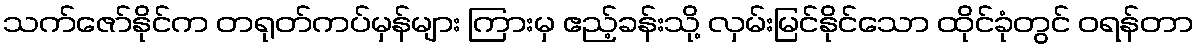
သက်ဇော်နိုင်က တရုတ်ကပ်မှန်များ ကြားမှ ဧည့်ခန်းသို့ လှမ်းမြင်နိုင်သော ထိုင်ခုံတွင် ဝရန်တာ